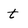
Character: t